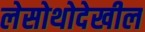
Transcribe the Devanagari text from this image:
लेसोथोदेखील